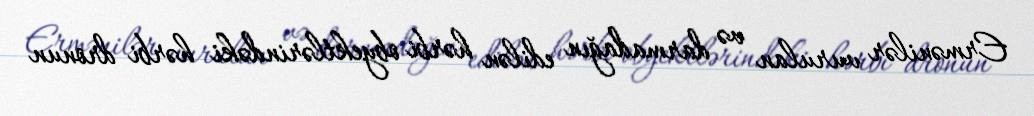
Ermənilər vurulan və darmadağın edilən hərbi obyektlərindəki hərbi dronun